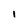
Character: l